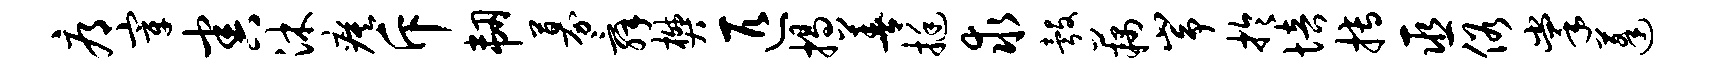
辱宰害沐瘼斥韧募舜樊匹揭善挺求彀藕峥於培搏巫俗掌蓬